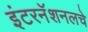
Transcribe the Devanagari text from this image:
इंटरनॅशनलचे